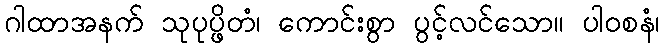
ဂါထာအနက် သုပုပ္ဖိတံ၊ ကောင်းစွာ ပွင့်လင်သော။ ပါဝစနံ၊